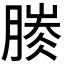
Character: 𣎐